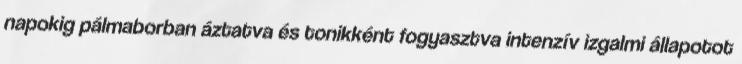
napokig pálmaborban áztatva és tonikként fogyasztva intenzív izgalmi állapotot